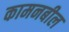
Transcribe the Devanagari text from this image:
कामनबील